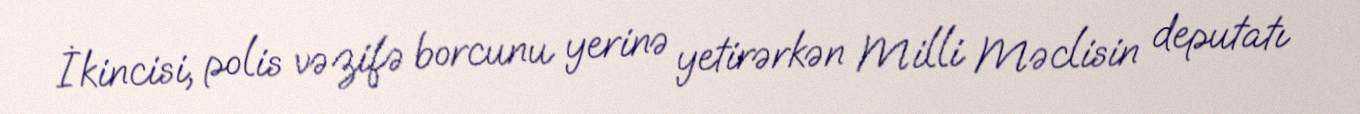
İkincisi, polis vəzifə borcunu yerinə yetirərkən Milli Məclisin deputatı